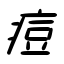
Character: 痘